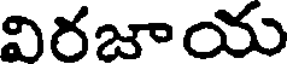
విరజాయ